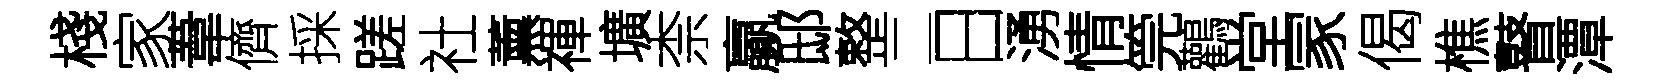
棧家葦儕採蹉社薰禈壙柰贏邸整二日湧情筦鸛堂冡偈樵瞽潭